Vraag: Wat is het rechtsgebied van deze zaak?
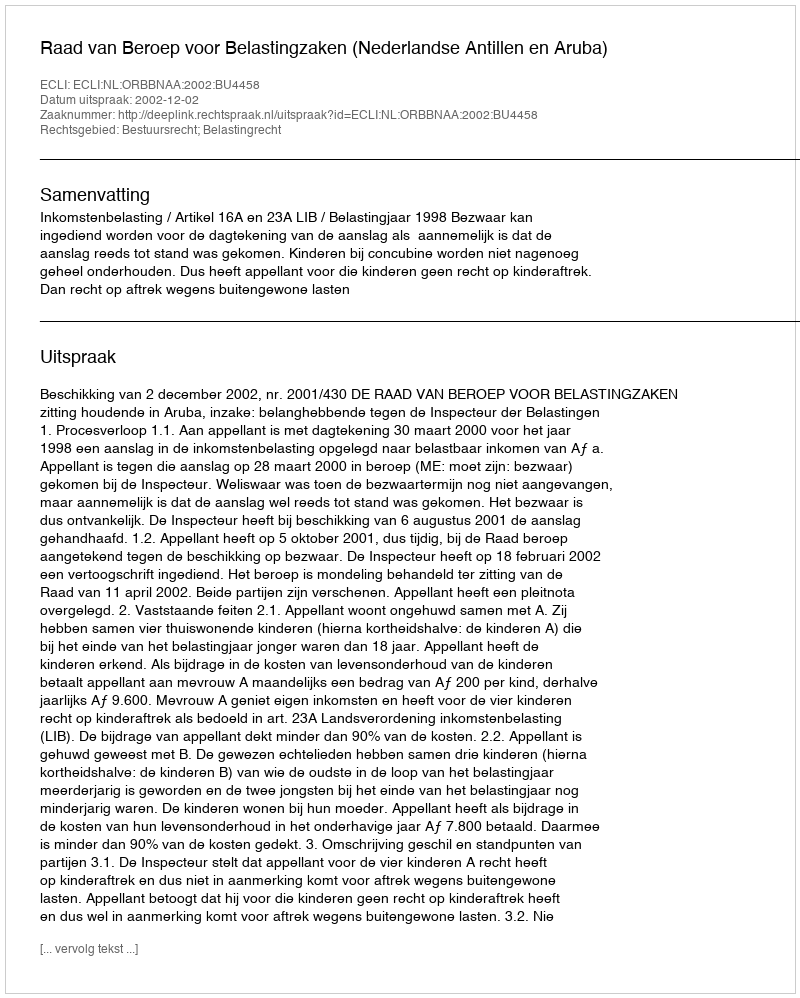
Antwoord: Bestuursrecht; Belastingrecht